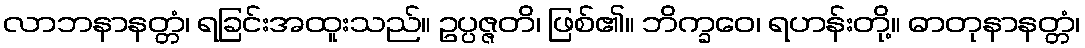
လာဘနာနတ္တံ၊ ရခြင်းအထူးသည်။ ဥပ္ပဇ္ဇတိ၊ ဖြစ်၏။ ဘိက္ခဝေ၊ ရဟန်းတို့။ ဓာတုနာနတ္တံ၊